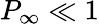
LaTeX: P_{\infty}\ll 1